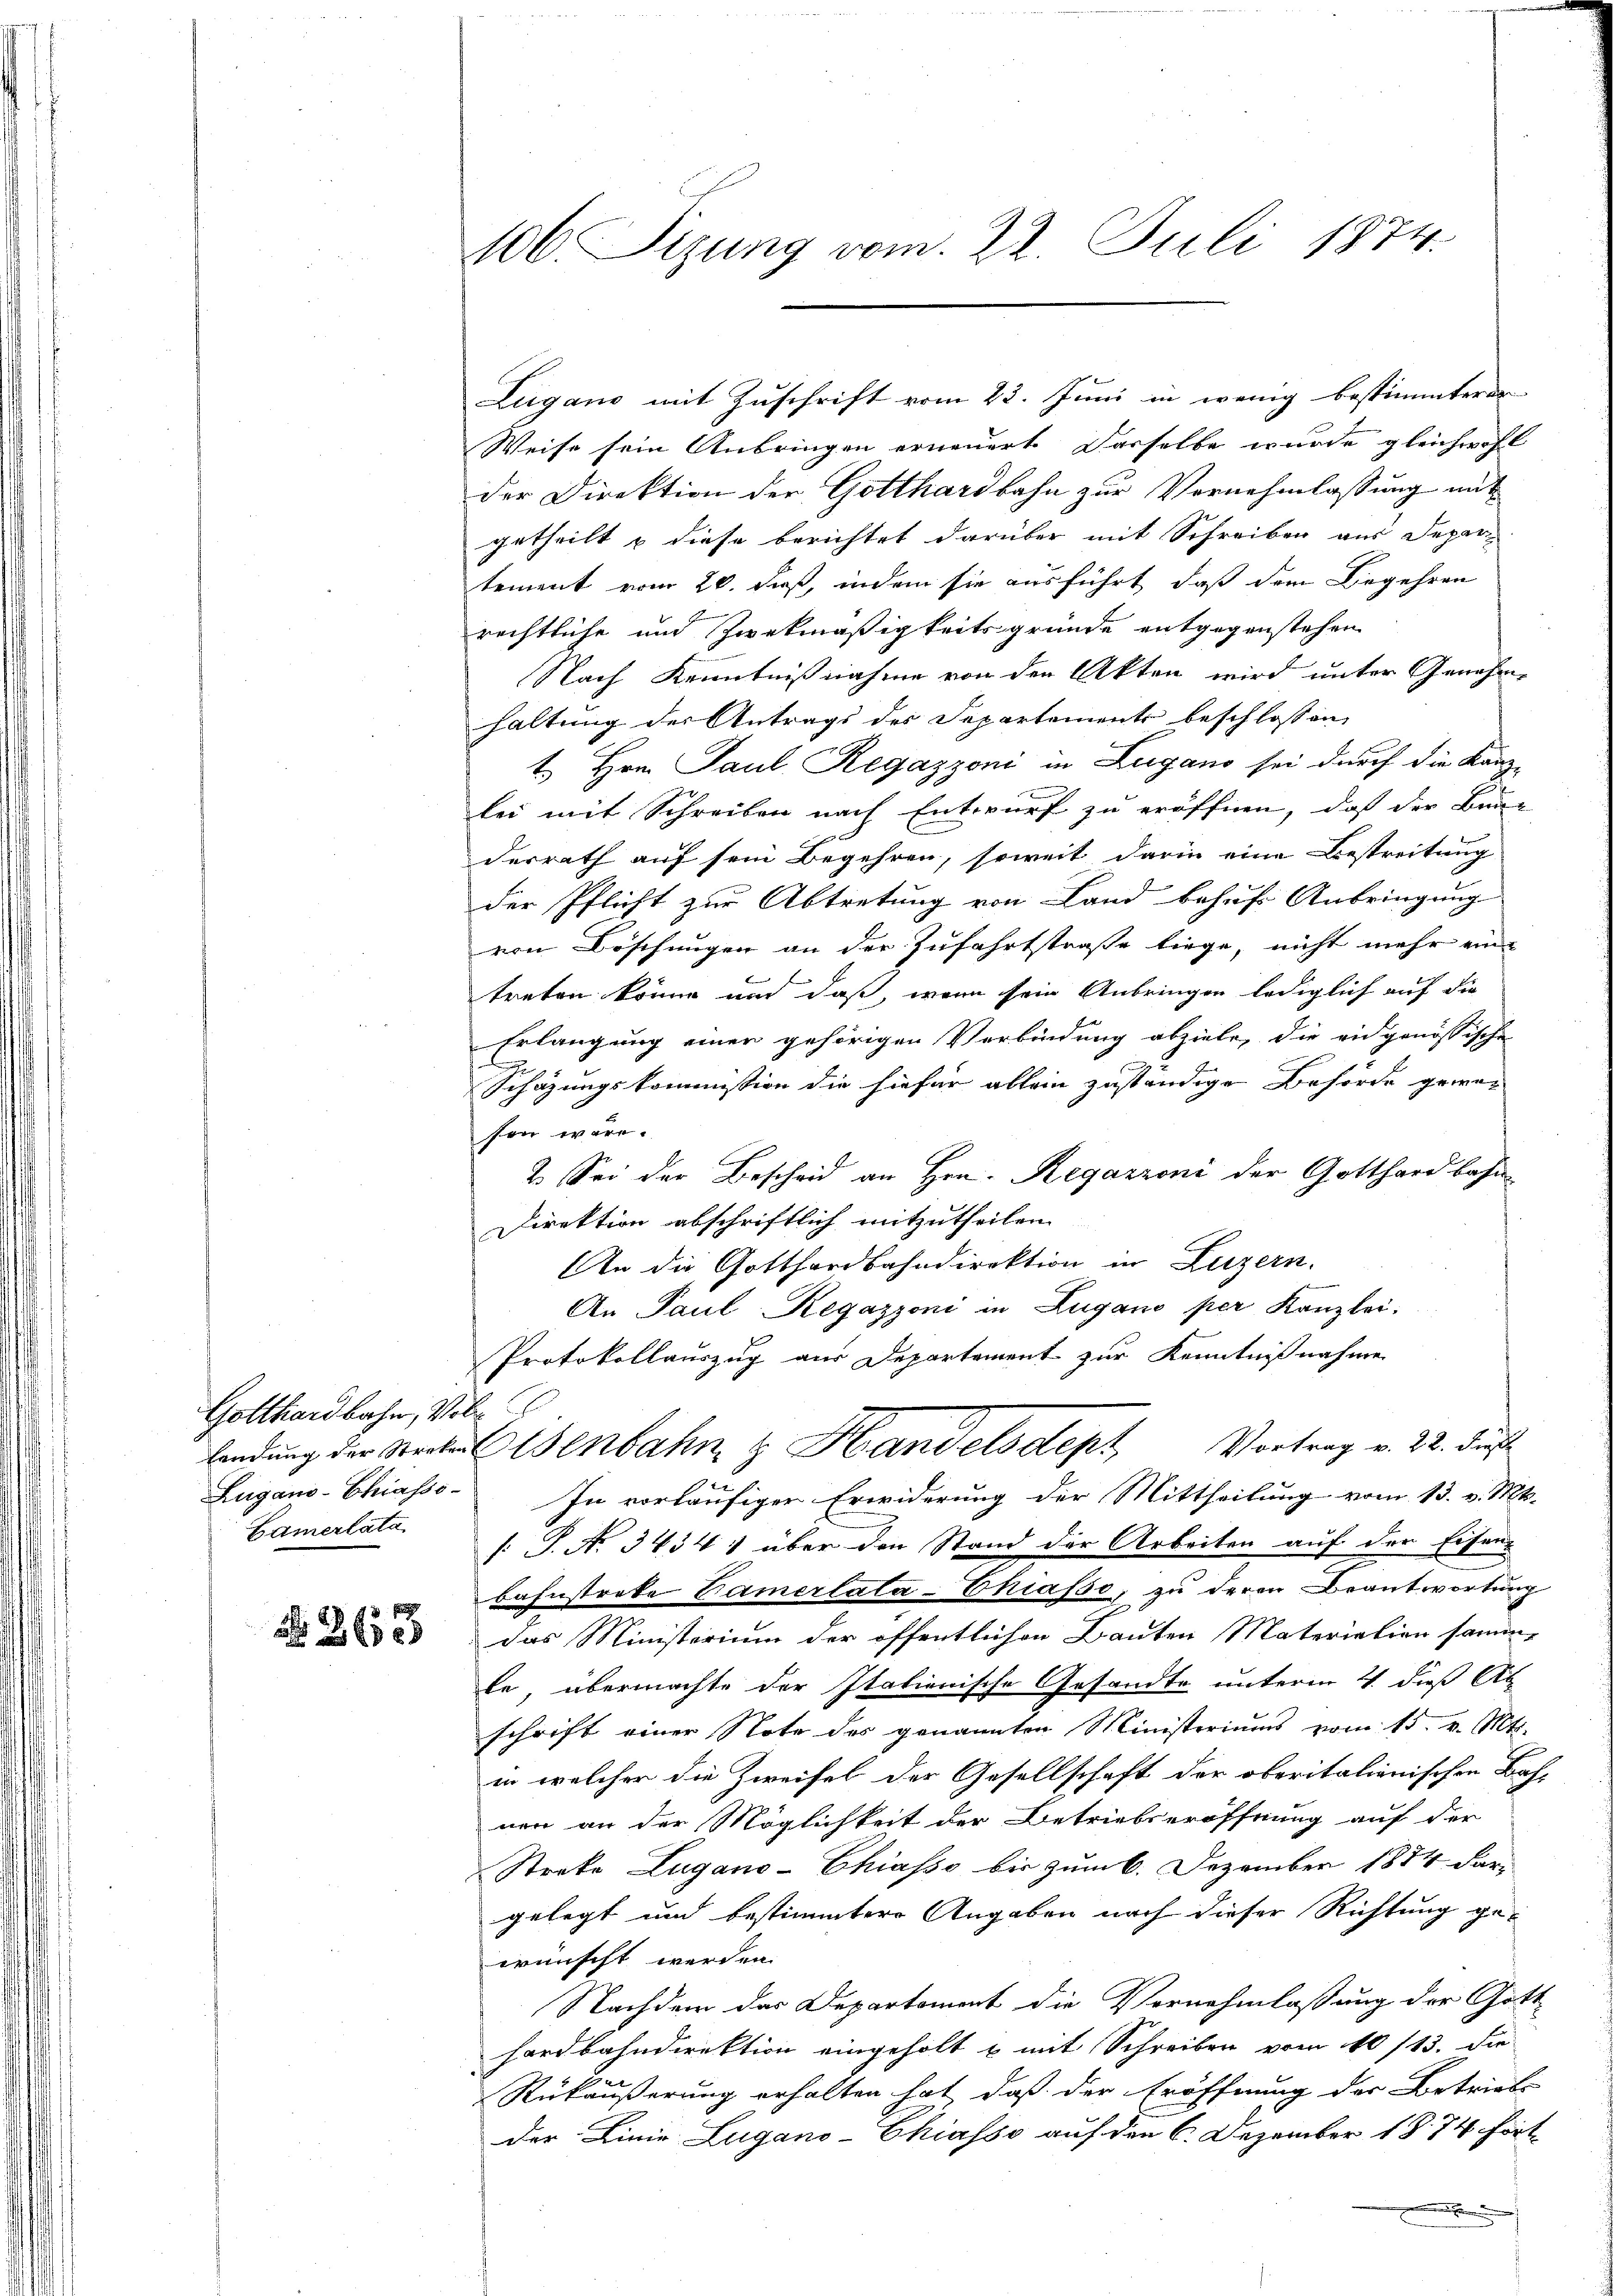
Gotthardbahn, Vil¬
Camerlata

363

106. Sizung vom 22. Juli 1874.

Zugano mit Zuschrift vom 23. Juni in wenig bestimmterer
Weise sein Anbringen erneuert derselbe wurde gleichwohl
der Direktion der Gotthardbahn zur Vernehmlassung ungetheilt u diese berichtet darüber mit Schreiben aus Departement vom 20. daß, indem sie ausführt, daß dem Begehren
rechtliche und Zwekmäßigkeitsgründe entgegenstehen
Nach Kenntnißnahme von den Akten wird unter Genehme
haltung der Antrags des Departements beschlossen,
t. Hrn. Paul Regazzoni in Lugano sei durch die Kanzlei mit Schreiben nach Entwurf zu eröffnen, daß der Bundesrath auf sein Begehren, soweit darin eine Bestreitung
der Pflicht zur Abtretung von Land behuf Anbringung
von Böschungen an der Zufahrtstraße liege, nicht mehr ein
treten könne und daß, wenn sein Anbringen lediglich auf die
Erlangung einer gehörigen Verbindung abziele, die eidgenössische
Schazungskommission die hiefür allein zuständige Behörde gewesen wäre.
2. Sei der Bescheid an Hrn. Regazzoni der Gotthardbahn
Direktion abschriftlich mitzutheilen.
An die Gotthardbahndirektion in Luzern.
An Paul Regazzoni in Lugano per Kanzlei-
Protokollauszug aus Departement zur Kenntnißnahme
lendung der Steckeltenbahn & Handelsdept Vortrag v. 22. dieß
Lugano-Chiasso. In vorläufiger Erwiderung der Mittheilung vom 13. v. Mts.
: P. No 3454) über den Stand der Arbeiten auf der Eisen
bahnstreke Camertata-Chiasso, zu deren Beantwortung
das Ministerium der öffentlichen Bauten Materiation samme
le, übermachte der Italionische Gesandte unterm 4. dieß Ab-
schrift einer Note des genannten Ministeriums vom 15. v. Mts.
in welcher die Zweifel der Gesellschaft der oberitalienischen Bahnen an der Möglichkeit der Betriebseröffnung auf der
Streke Lugano-Chiasso bis zum 6. Dezember 1884 dar-
gelegt und bestimmter Angaben nach dieser Richtung geerünscht werden.
Nachdem das Departement die Vernehmlassung der Gott
hardbahndirektion eingeholt u mit Schreiben vom 10/13. die
Rükäußerung erhalten hat, daß der Eröffnung der Betriebs
der Linie Lugano-Chiasso auf den 6. Dezember 1874 hört